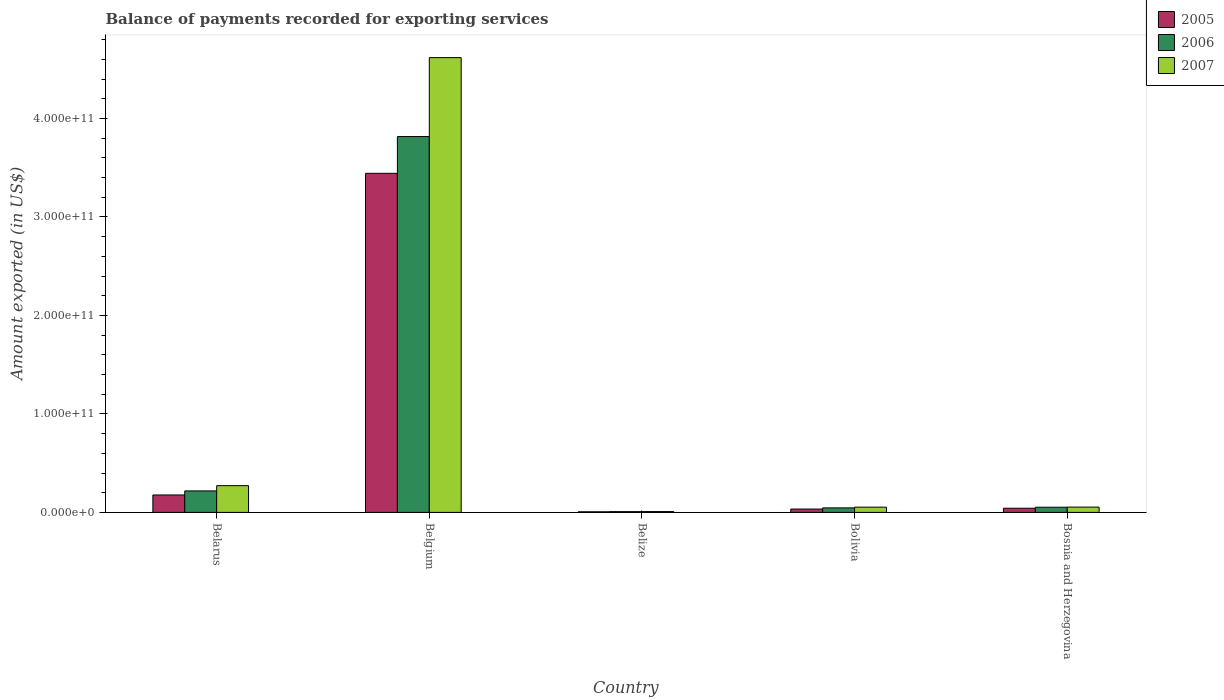
| Country | 2005 | 2006 | 2007 |
 | --- | --- | --- | --- |
 | Belarus | 1.77e+10 | 2.18e+10 | 2.71e+10 |
 | Belgium | 3.44e+11 | 3.82e+11 | 4.62e+11 |
 | Belize | 6.22e+08 | 7.86e+08 | 8.23e+08 |
 | Bolivia | 3.4e+09 | 4.58e+09 | 5.32e+09 |
 | Bosnia and Herzegovina | 4.23e+09 | 5.25e+09 | 5.38e+09 |